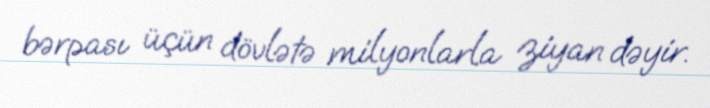
bərpası üçün dövlətə milyonlarla ziyan dəyir.